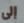
إلى